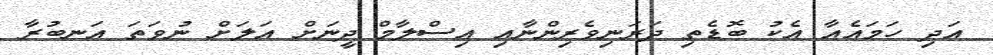
އަދި ހަމައެއާ އެކު ބޮޑެތި ދަރަނިވެރިންނާއި އިސްލާމް ދީނަށް އަލަށް ނުވަތަ އަނބުރާ